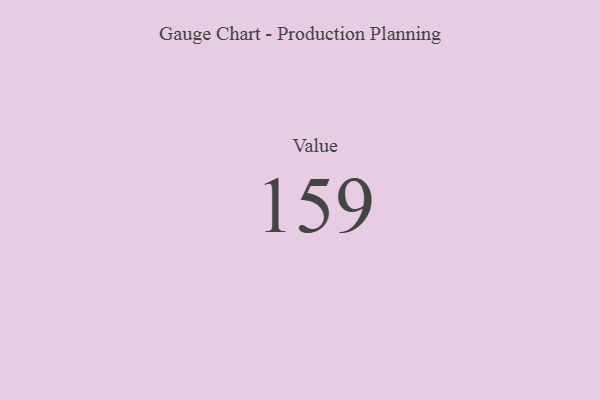
{"axis": {"x": "Metric", "y": "Value"}, "legend": [""], "data": [{"x": "Value", "y": 159, "type": ""}]}